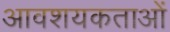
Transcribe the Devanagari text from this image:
आवशयकताओं